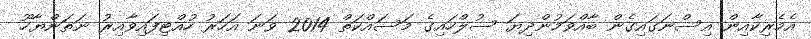
އެމެރިކާއިން އިސްނަގައިގެން ބާއްވަމުންދިޔަ ސުލްހައިގެ މަސައްކަތް 2014 ވަނަ އަހަރު ހުއްޓިފައިވާއިރު ނަތަންޔާހޫ